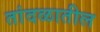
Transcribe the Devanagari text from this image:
तांदळातील